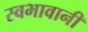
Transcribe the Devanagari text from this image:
स्वभावानी